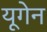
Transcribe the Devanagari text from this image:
यूगेन